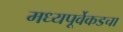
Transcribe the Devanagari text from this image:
मध्यपूर्वेकडचा